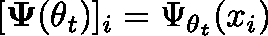
[ \mathbf { \Psi } ( \theta _ { t } ) ] _ { i } = \Psi _ { \theta _ { t } } ( x _ { i } )